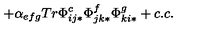
+ \alpha _ { e f g } T r \Phi _ { i j * } ^ { c } \Phi _ { j k * } ^ { f } \Phi _ { k i * } ^ { g } + c . c .